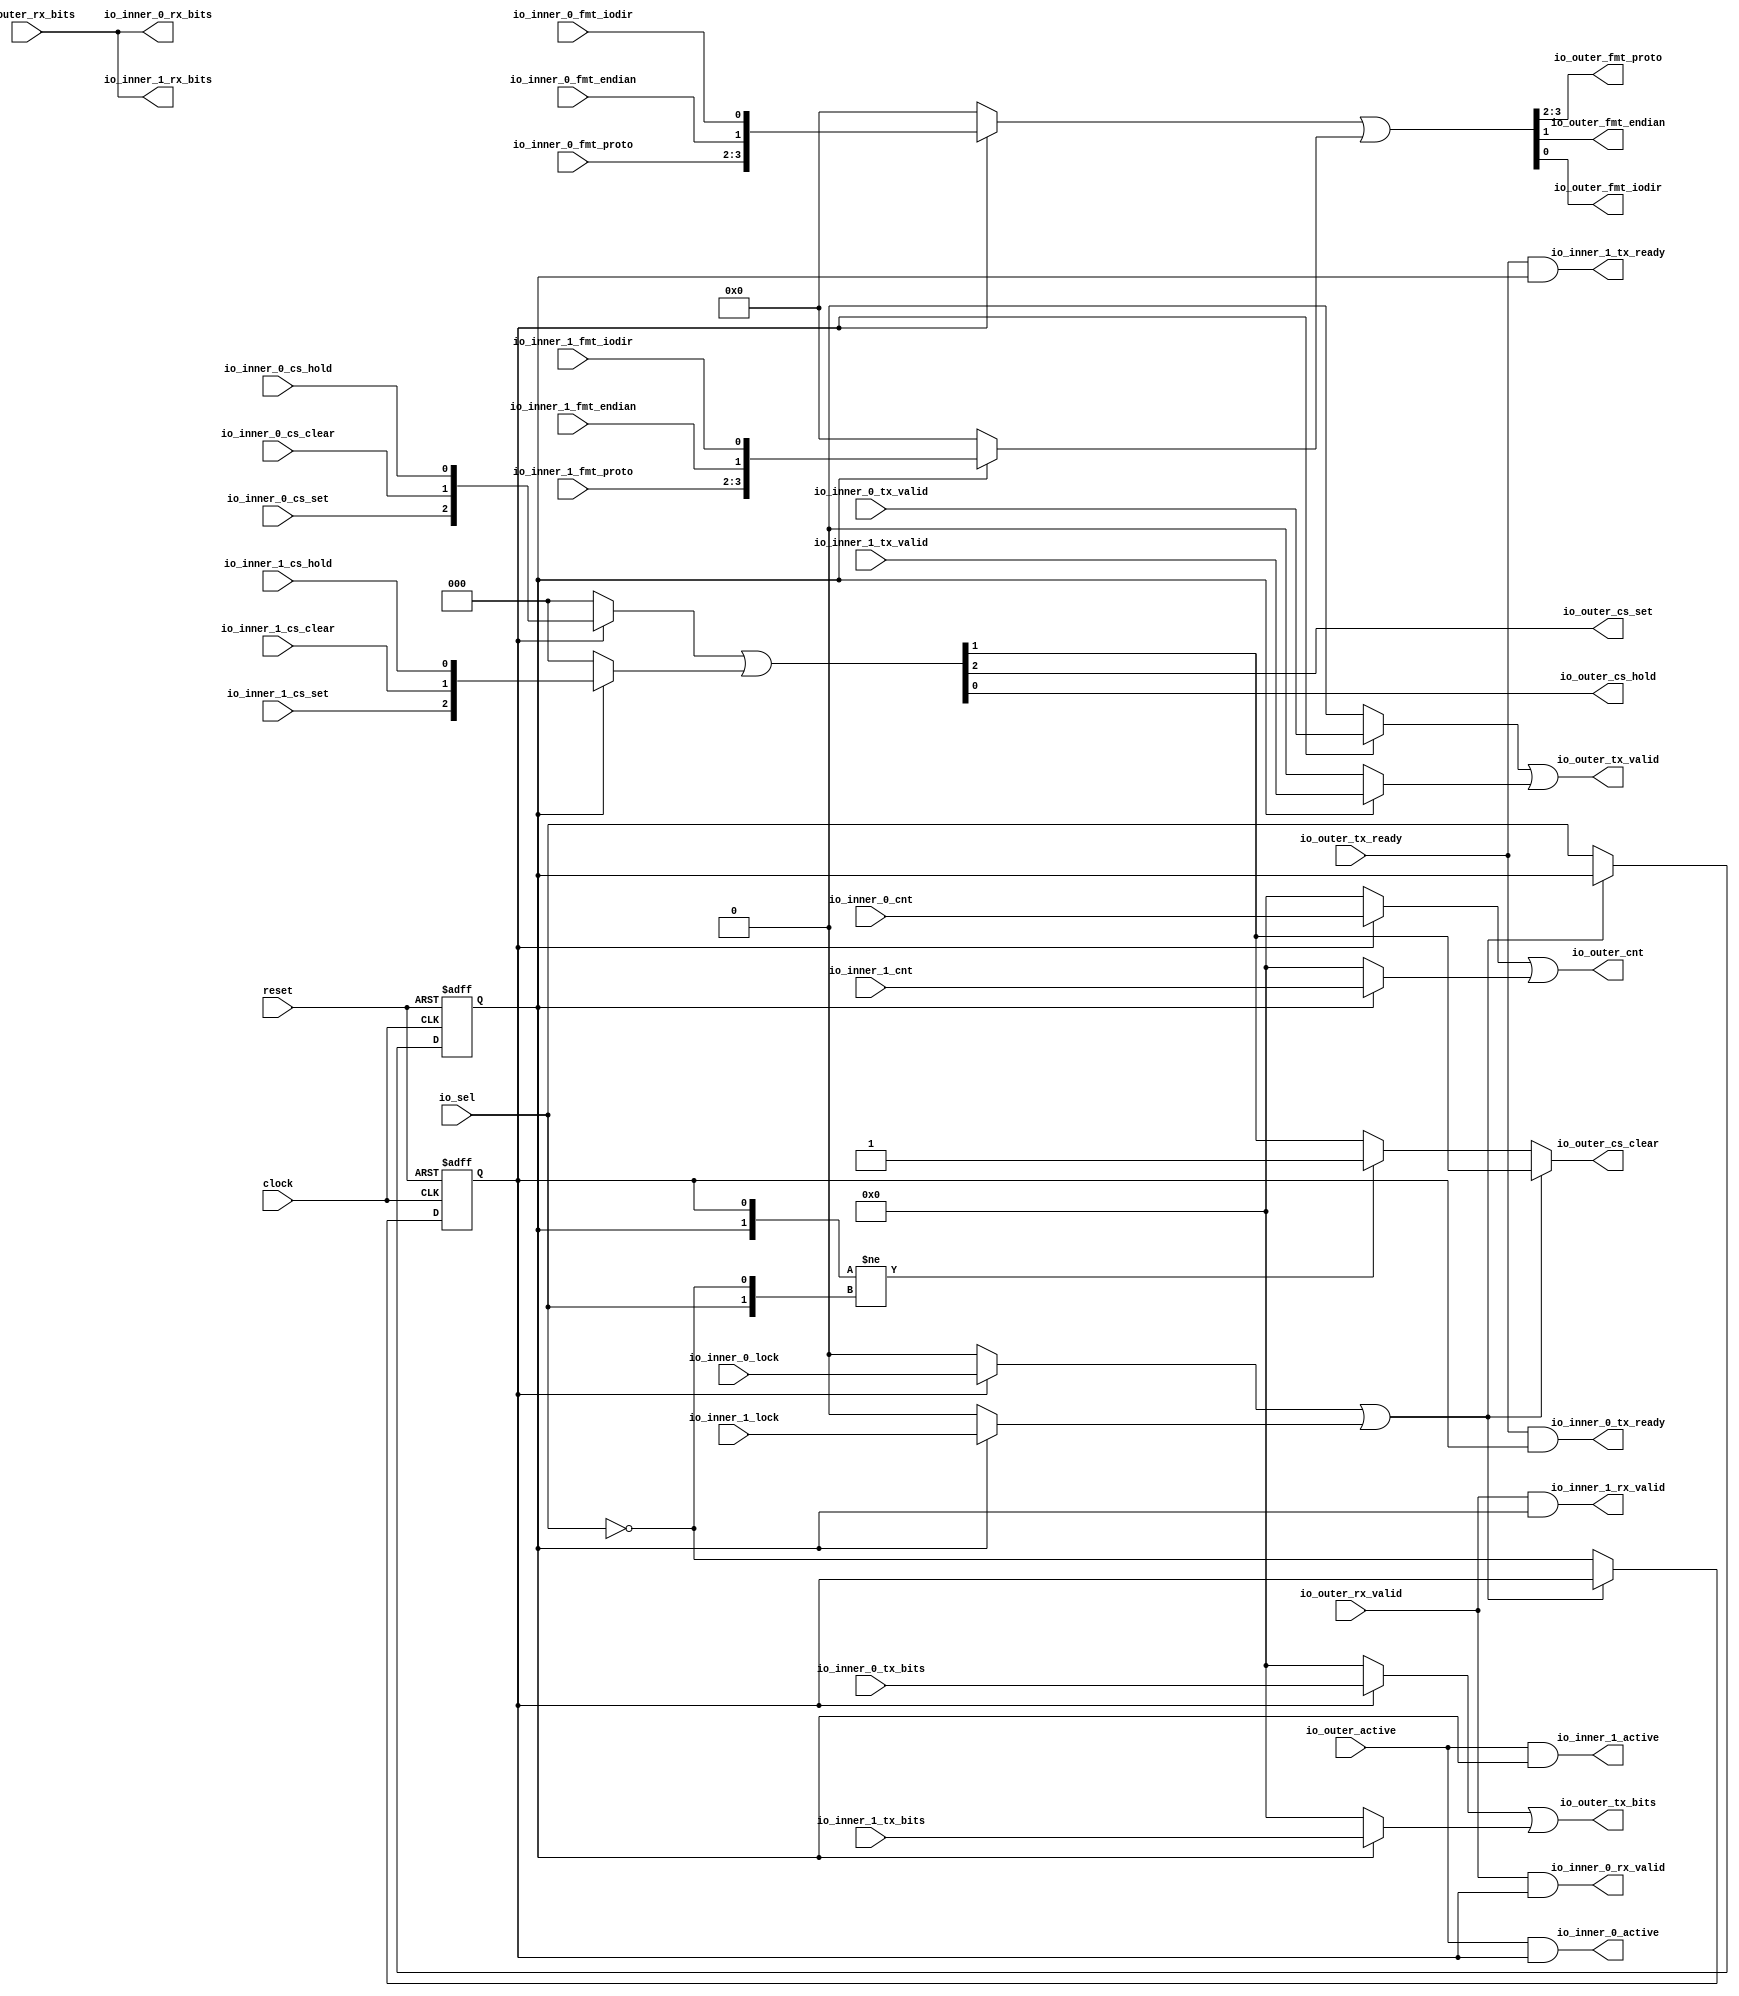
 /*                                                                      
 Copyright 2018 Nuclei System Technology, Inc.                
                                                                         
 Licensed under the Apache License, Version 2.0 (the "License");         
 you may not use this file except in compliance with the License.        
 You may obtain a copy of the License at                                 
                                                                         
     http://www.apache.org/licenses/LICENSE-2.0                          
                                                                         
  Unless required by applicable law or agreed to in writing, software    
 distributed under the License is distributed on an "AS IS" BASIS,       
 WITHOUT WARRANTIES OR CONDITIONS OF ANY KIND, either express or implied.
 See the License for the specific language governing permissions and     
 limitations under the License.                                          
 */                                                                      
                                                                         
                                                                         
                                                                         

module sirv_qspi_arbiter(
  input   clock,
  input   reset,
  output  io_inner_0_tx_ready,
  input   io_inner_0_tx_valid,
  input  [7:0] io_inner_0_tx_bits,
  output  io_inner_0_rx_valid,
  output [7:0] io_inner_0_rx_bits,
  input  [7:0] io_inner_0_cnt,
  input  [1:0] io_inner_0_fmt_proto,
  input   io_inner_0_fmt_endian,
  input   io_inner_0_fmt_iodir,
  input   io_inner_0_cs_set,
  input   io_inner_0_cs_clear,
  input   io_inner_0_cs_hold,
  output  io_inner_0_active,
  input   io_inner_0_lock,
  output  io_inner_1_tx_ready,
  input   io_inner_1_tx_valid,
  input  [7:0] io_inner_1_tx_bits,
  output  io_inner_1_rx_valid,
  output [7:0] io_inner_1_rx_bits,
  input  [7:0] io_inner_1_cnt,
  input  [1:0] io_inner_1_fmt_proto,
  input   io_inner_1_fmt_endian,
  input   io_inner_1_fmt_iodir,
  input   io_inner_1_cs_set,
  input   io_inner_1_cs_clear,
  input   io_inner_1_cs_hold,
  output  io_inner_1_active,
  input   io_inner_1_lock,
  input   io_outer_tx_ready,
  output  io_outer_tx_valid,
  output [7:0] io_outer_tx_bits,
  input   io_outer_rx_valid,
  input  [7:0] io_outer_rx_bits,
  output [7:0] io_outer_cnt,
  output [1:0] io_outer_fmt_proto,
  output  io_outer_fmt_endian,
  output  io_outer_fmt_iodir,
  output  io_outer_cs_set,
  output  io_outer_cs_clear,
  output  io_outer_cs_hold,
  input   io_outer_active,
  input   io_sel
);
  wire  T_335_0;
  wire  T_335_1;
  reg  sel_0;
  reg [31:0] GEN_4;
  reg  sel_1;
  reg [31:0] GEN_5;
  wire  T_346;
  wire  T_349;
  wire  T_351;
  wire  T_352;
  wire [7:0] T_354;
  wire [7:0] T_356;
  wire [7:0] T_358;
  wire [7:0] T_359;
  wire [7:0] T_361;
  wire [7:0] T_363;
  wire [7:0] T_365;
  wire [7:0] T_366;
  wire [2:0] T_367;
  wire [3:0] T_368;
  wire [3:0] T_370;
  wire [2:0] T_371;
  wire [3:0] T_372;
  wire [3:0] T_374;
  wire [3:0] T_379;
  wire [1:0] T_384_proto;
  wire  T_384_endian;
  wire  T_384_iodir;
  wire  T_388;
  wire  T_389;
  wire [1:0] T_390;
  wire [1:0] T_391;
  wire [2:0] T_392;
  wire [2:0] T_394;
  wire [1:0] T_395;
  wire [2:0] T_396;
  wire [2:0] T_398;
  wire [2:0] T_406;
  wire  T_414_set;
  wire  T_414_clear;
  wire  T_414_hold;
  wire  T_421;
  wire  T_422;
  wire  T_423;
  wire  T_424;
  wire  T_425;
  wire  T_426;
  wire  T_427;
  wire  T_428;
  wire  T_429;
  wire  T_431;
  wire  nsel_0;
  wire  nsel_1;
  wire  T_445;
  wire  T_448;
  wire  T_450;
  wire  lock;
  wire  T_452;
  wire [1:0] T_453;
  wire [1:0] T_454;
  wire  T_455;
  wire  GEN_0;
  wire  GEN_1;
  wire  GEN_2;
  wire  GEN_3;
  assign io_inner_0_tx_ready = T_424;
  assign io_inner_0_rx_valid = T_425;
  assign io_inner_0_rx_bits = io_outer_rx_bits;
  assign io_inner_0_active = T_426;
  assign io_inner_1_tx_ready = T_427;
  assign io_inner_1_rx_valid = T_428;
  assign io_inner_1_rx_bits = io_outer_rx_bits;
  assign io_inner_1_active = T_429;
  assign io_outer_tx_valid = T_352;
  assign io_outer_tx_bits = T_359;
  assign io_outer_cnt = T_366;
  assign io_outer_fmt_proto = T_384_proto;
  assign io_outer_fmt_endian = T_384_endian;
  assign io_outer_fmt_iodir = T_384_iodir;
  assign io_outer_cs_set = T_414_set;
  assign io_outer_cs_clear = GEN_3;
  assign io_outer_cs_hold = T_414_hold;
  assign T_335_0 = 1'h1;
  assign T_335_1 = 1'h0;
  assign T_346 = sel_0 ? io_inner_0_tx_valid : 1'h0;
  assign T_349 = sel_1 ? io_inner_1_tx_valid : 1'h0;
  assign T_351 = T_346 | T_349;
  assign T_352 = T_351;
  assign T_354 = sel_0 ? io_inner_0_tx_bits : 8'h0;
  assign T_356 = sel_1 ? io_inner_1_tx_bits : 8'h0;
  assign T_358 = T_354 | T_356;
  assign T_359 = T_358;
  assign T_361 = sel_0 ? io_inner_0_cnt : 8'h0;
  assign T_363 = sel_1 ? io_inner_1_cnt : 8'h0;
  assign T_365 = T_361 | T_363;
  assign T_366 = T_365;
  assign T_367 = {io_inner_0_fmt_proto,io_inner_0_fmt_endian};
  assign T_368 = {T_367,io_inner_0_fmt_iodir};
  assign T_370 = sel_0 ? T_368 : 4'h0;
  assign T_371 = {io_inner_1_fmt_proto,io_inner_1_fmt_endian};
  assign T_372 = {T_371,io_inner_1_fmt_iodir};
  assign T_374 = sel_1 ? T_372 : 4'h0;
  assign T_379 = T_370 | T_374;
  assign T_384_proto = T_390;
  assign T_384_endian = T_389;
  assign T_384_iodir = T_388;
  assign T_388 = T_379[0];
  assign T_389 = T_379[1];
  assign T_390 = T_379[3:2];
  assign T_391 = {io_inner_0_cs_set,io_inner_0_cs_clear};
  assign T_392 = {T_391,io_inner_0_cs_hold};
  assign T_394 = sel_0 ? T_392 : 3'h0;
  assign T_395 = {io_inner_1_cs_set,io_inner_1_cs_clear};
  assign T_396 = {T_395,io_inner_1_cs_hold};
  assign T_398 = sel_1 ? T_396 : 3'h0;
  assign T_406 = T_394 | T_398;
  assign T_414_set = T_423;
  assign T_414_clear = T_422;
  assign T_414_hold = T_421;
  assign T_421 = T_406[0];
  assign T_422 = T_406[1];
  assign T_423 = T_406[2];
  assign T_424 = io_outer_tx_ready & sel_0;
  assign T_425 = io_outer_rx_valid & sel_0;
  assign T_426 = io_outer_active & sel_0;
  assign T_427 = io_outer_tx_ready & sel_1;
  assign T_428 = io_outer_rx_valid & sel_1;
  assign T_429 = io_outer_active & sel_1;
  assign T_431 = io_sel == 1'h0;
  assign nsel_0 = T_431;
  assign nsel_1 = io_sel;
  assign T_445 = sel_0 ? io_inner_0_lock : 1'h0;
  assign T_448 = sel_1 ? io_inner_1_lock : 1'h0;
  assign T_450 = T_445 | T_448;
  assign lock = T_450;
  assign T_452 = lock == 1'h0;
  assign T_453 = {sel_1,sel_0};
  assign T_454 = {nsel_1,nsel_0};
  assign T_455 = T_453 != T_454;
  assign GEN_0 = T_455 ? 1'h1 : T_414_clear;
  assign GEN_1 = T_452 ? nsel_0 : sel_0;
  assign GEN_2 = T_452 ? nsel_1 : sel_1;
  assign GEN_3 = T_452 ? GEN_0 : T_414_clear;

  always @(posedge clock or posedge reset)
    if (reset) begin
      sel_0 <= T_335_0;
    end else begin
      if (T_452) begin
        sel_0 <= nsel_0;
      end
    end

  always @(posedge clock or posedge reset)
    if (reset) begin
      sel_1 <= T_335_1;
    end else begin
      if (T_452) begin
        sel_1 <= nsel_1;
      end
    end
  
endmodule